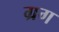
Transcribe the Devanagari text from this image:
ग्रग